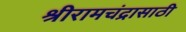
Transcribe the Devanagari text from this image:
श्रीरामचंद्रासाठी